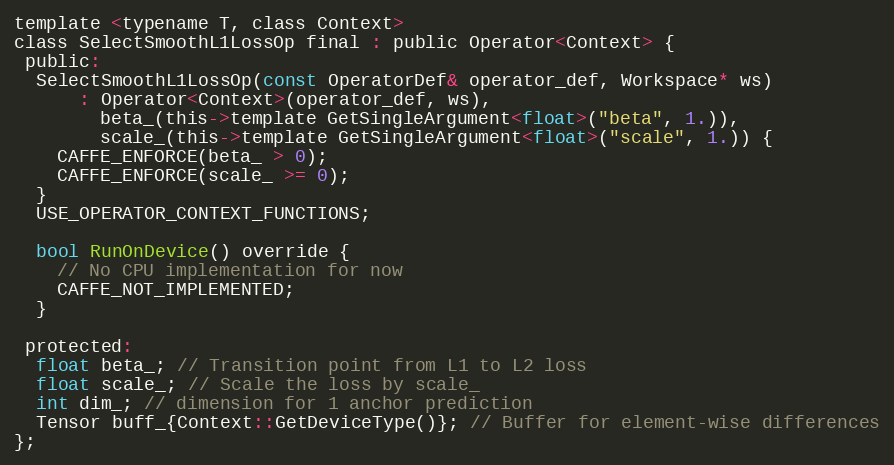
Language: C
template <typename T, class Context>
class SelectSmoothL1LossOp final : public Operator<Context> {
 public:
  SelectSmoothL1LossOp(const OperatorDef& operator_def, Workspace* ws)
      : Operator<Context>(operator_def, ws),
        beta_(this->template GetSingleArgument<float>("beta", 1.)),
        scale_(this->template GetSingleArgument<float>("scale", 1.)) {
    CAFFE_ENFORCE(beta_ > 0);
    CAFFE_ENFORCE(scale_ >= 0);
  }
  USE_OPERATOR_CONTEXT_FUNCTIONS;

  bool RunOnDevice() override {
    // No CPU implementation for now
    CAFFE_NOT_IMPLEMENTED;
  }

 protected:
  float beta_; // Transition point from L1 to L2 loss
  float scale_; // Scale the loss by scale_
  int dim_; // dimension for 1 anchor prediction
  Tensor buff_{Context::GetDeviceType()}; // Buffer for element-wise differences
};